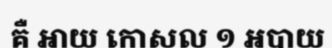
គឺ ឤយ កោសល ១ អបាយ